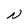
Character: N